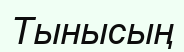
Тынысың